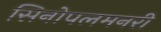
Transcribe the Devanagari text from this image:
सिनोपलमनरी